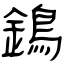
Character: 鵭